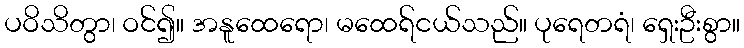
ပဝိသိတွာ၊ ဝင်၍။ အနူထေရော၊ မထေရ်ငယ်သည်။ ပုရေတရံ၊ ရှေးဦးစွာ။